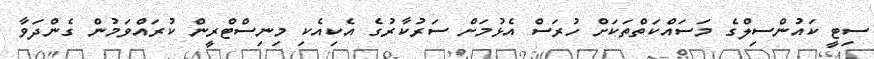
ސިޓީ ކައުންސިލްގެ މަސައްކަތްތަކަށް ހުރަސް އެޅުމަށް ސަރުކާރުގެ އެކިއެކި މިނިސްޓްރީން ކުރައްވަމުން ގެންދަވާ